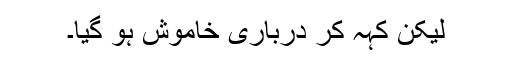
لیکن کہہ کر درباری خاموش ہو گیا۔